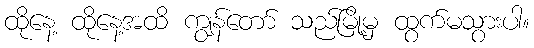
ထိုနေ့ ထိုနေ့အထိ ကျွန်တော် သည်မြို့မှ ထွက်မသွားပါ။